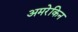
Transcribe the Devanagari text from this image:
अमरेकिन